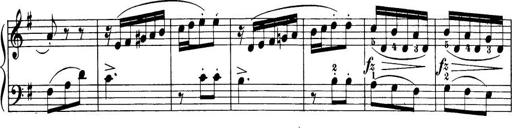
Title: 32 Sonatinas and Rondos for the Piano
Composer: Richard Kleinmichel